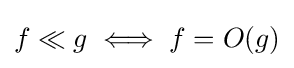
f\ll g\iff f=O(g)